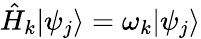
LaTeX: \hat{H}_{k}|\psi_{j}\rangle=\omega_{k}|\psi_{j}\rangle